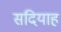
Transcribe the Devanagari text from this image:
सदियाह